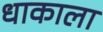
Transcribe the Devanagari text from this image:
धाकाला